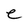
Character: e